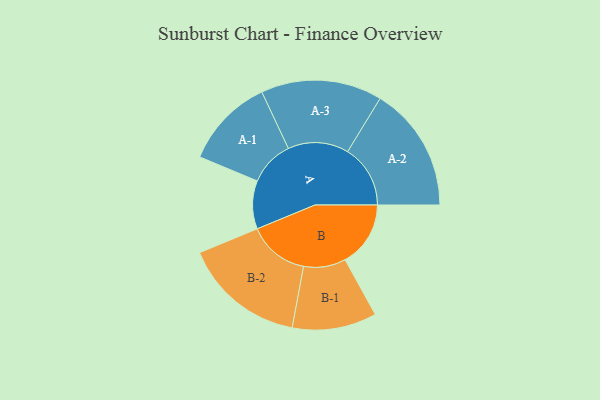
{"axis": {"x": "Segment", "y": "Value"}, "legend": ["", "A", "B"], "data": [{"x": "A", "y": 230, "type": ""}, {"x": "B", "y": 312, "type": ""}, {"x": "A-1", "y": 215, "type": "A"}, {"x": "A-2", "y": 299, "type": "A"}, {"x": "A-3", "y": 289, "type": "A"}, {"x": "B-1", "y": 201, "type": "B"}, {"x": "B-2", "y": 291, "type": "B"}]}